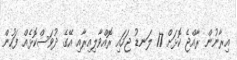
އިރާނުން ރާއްޖެ ކޮޅަށް 17 ލަނޑު ޖަހައި ރޮއްވާލިއިރާއި އޭގެ ދުވަސްކޮޅެއް ފަހުން